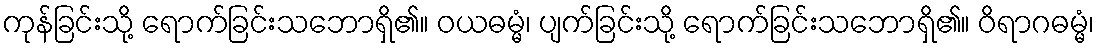
ကုန်ခြင်းသို့ ရောက်ခြင်းသဘောရှိ၏။ ဝယဓမ္မံ၊ ပျက်ခြင်းသို့ ရောက်ခြင်းသဘောရှိ၏။ ဝိရာဂဓမ္မံ၊